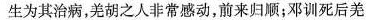
生为其治病，羌胡之入非常感动，前来归顺；邓训死后羌